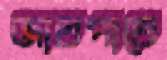
জাতপাতে